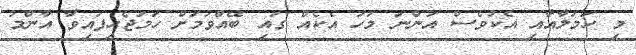
މި ހަމަލާއާއި އެކުވެސް އަންނަ މަހު އެކެއް ގައި ބޭއްވުމަށް ހަމަޖެހިފައިވާ އާންމު